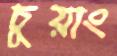
চুয়াং